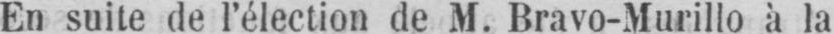
En suite de l’élection de M. Bravo-Murillo à la